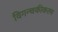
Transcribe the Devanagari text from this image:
विगन्धकीकरण